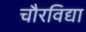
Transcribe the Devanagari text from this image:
चौरविद्या